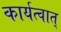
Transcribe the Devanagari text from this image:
कार्यत्वात्